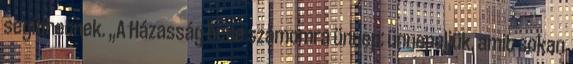
segíthetnek. „A Házasság hete számomra ünnep: ünnepeljük, amit sokan